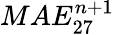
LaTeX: MAE_{27}^{n+1}